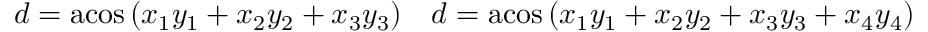
\begin{array} { c c } { d = \operatorname { a c o s } \left( x _ { 1 } y _ { 1 } + x _ { 2 } y _ { 2 } + x _ { 3 } y _ { 3 } \right) } & { d = \operatorname { a c o s } \left( x _ { 1 } y _ { 1 } + x _ { 2 } y _ { 2 } + x _ { 3 } y _ { 3 } + x _ { 4 } y _ { 4 } \right) } \end{array}